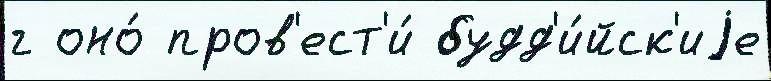
г оно́ пров'ест'и́ будд'и́йск'иjе